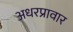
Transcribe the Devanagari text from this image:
अधरप्रावार